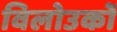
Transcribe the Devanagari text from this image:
विलोउकों